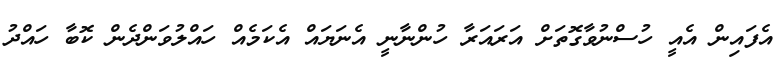
އެފައިން އެއީ ހުސްނުވާގޮތަށް އަރައަރާ ހުންނާނީ އެނަޔައް އެކަމެއް ހައްލުވަންދެން ކޮބާ ހައްދު